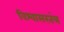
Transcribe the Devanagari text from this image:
विश्वासरतंत्र